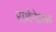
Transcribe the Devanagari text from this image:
राथेनेअस